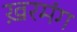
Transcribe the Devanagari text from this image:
ख़रमंग